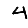
Digit: 4